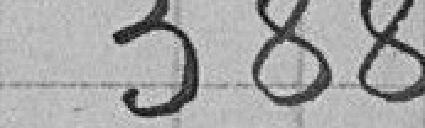
388